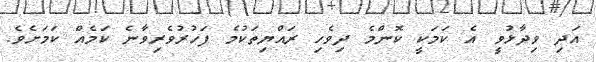
އަދި ވިދާޅުވީ އެ ކަމަކީ ކޮންމެ ދިވެހި ރައްޔިތަކުމެ ފަހުރުވެރިވާނެ ކަމެއް ކަމަށެވެ.